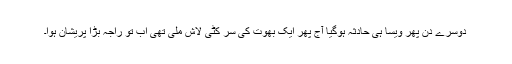
دوسرے دن پھر ویسا ہی حادثہ ہوگیا آج پھر ایک بھوت کی سر کٹی لاش ملی تھی اب تو راجہ بڑا پریشان ہوا۔